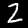
Digit: 2